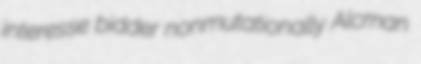
interesse bidder nonmutationally Alcman